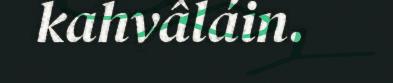
kahvâláin.